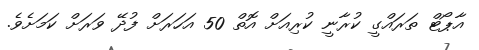
އާޕޯޓް ތަރައްގީ ކުރާނީ ކުރިއަށް އޮތް 50 އަހަރަށް ފުދޭ ވަރަށް ކަމަށެވެ.